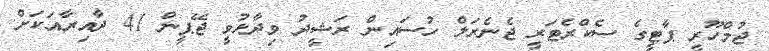
ޖުމްހޫރީ ޕާޓީގެ ސެކްރެޓަރީ ޖެނެރަލް ހުސައިން ރަޝީދު ވިދާޅުވީ ޖޭޕީން 41 ދާއިރާއަކަށް